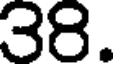
38.